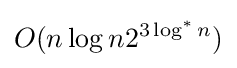
O(n\log n2^{3\log ^{*}n})